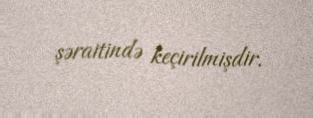
şəraitində keçirilmişdir.